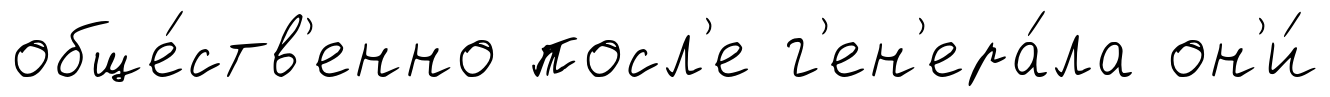
обще́ств'енно посл'е г'ен'ера́ла он'и́